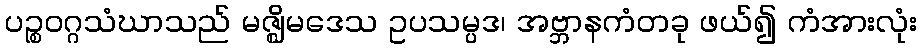
ပဉ္စဝဂ္ဂသံဃာသည် မဇ္ဈိမဒေသ ဥပသမ္ပဒ၊ အဗ္ဘာနကံတခု ဖယ်၍ ကံအားလုံး